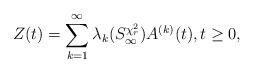
LaTeX: \begin{align*}Z(t)=\sum_{k=1}^{\infty }\lambda_{k}(S_{\infty }^{\chi^{2}_{r}})A^{(k)}(t),t\geq 0, \end{align*}